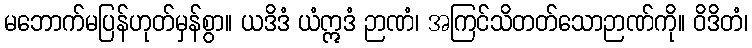
မဘောက်မပြန်ဟုတ်မှန်စွာ။ ယဒိဒံ ယံဣဒံ ဉာဏံ၊ အကြင်သိတတ်သောဉာဏ်ကို။ ဝိဒိတံ၊